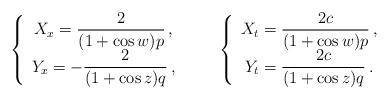
LaTeX: \begin{align*}\left\{\begin{array}{ccc}\displaystyle X_x=\frac{2}{(1+\cos w)p}\,,\\\displaystyle Y_x=-\frac{2}{(1+\cos z)q}\,,\end{array}\right.\qquad\left\{\begin{array}{ccc}\displaystyle X_t=\frac{2c}{(1+\cos w)p}\,,\\\displaystyle Y_t=\frac{2c}{(1+\cos z)q}\,.\end{array}\right.\end{align*}